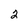
Character: 2